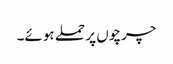
چرچوں پر حملے ہوئے۔